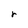
Character: r